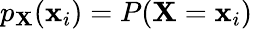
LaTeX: p_{\mathbf{X}}(\mathbf{x}_{i})=P(\mathbf{X}=\mathbf{x}_{i})